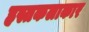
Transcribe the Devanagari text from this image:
हस्तकलाकार